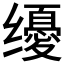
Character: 𰭀